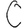
Digit: 0